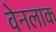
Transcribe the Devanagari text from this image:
वेनलाक